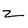
Character: z